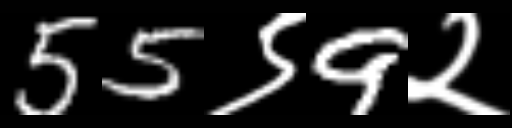
Text: 55९9२